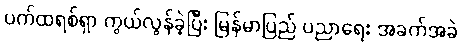
ပက်ထရစ်ရှာ ကွယ်လွန်ခဲ့ပြီး မြန်မာပြည် ပညာရေး အခက်အခဲ